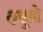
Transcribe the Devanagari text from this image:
रुसुमो